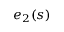
e _ { 2 } ( s )